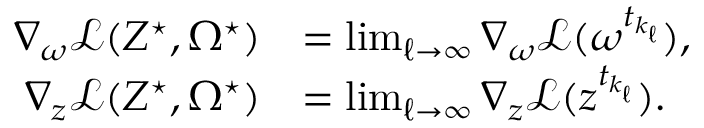
\begin{array} { r l } { \nabla _ { \omega } \mathcal { L } ( Z ^ { \star } , \Omega ^ { \star } ) } & { = \operatorname* { l i m } _ { \ell \rightarrow \infty } \nabla _ { \omega } \mathcal { L } ( \omega ^ { t _ { k _ { \ell } } } ) , } \\ { \nabla _ { z } \mathcal { L } ( Z ^ { \star } , \Omega ^ { \star } ) } & { = \operatorname* { l i m } _ { \ell \rightarrow \infty } \nabla _ { z } \mathcal { L } ( z ^ { t _ { k _ { \ell } } } ) . } \end{array}